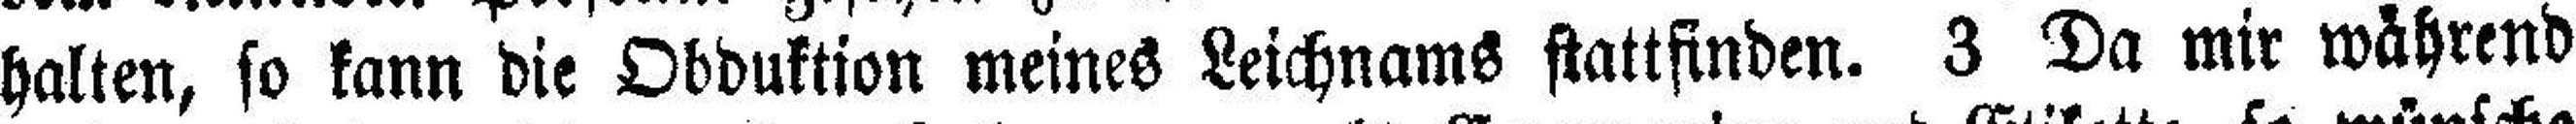
halten, so kann die Obduktion meines Leichnams stattfinden. 3 Da mir während